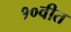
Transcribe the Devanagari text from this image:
१०वीत